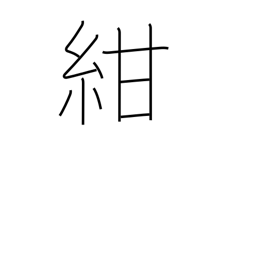
Meaning: dark blue